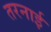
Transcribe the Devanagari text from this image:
तरनाई